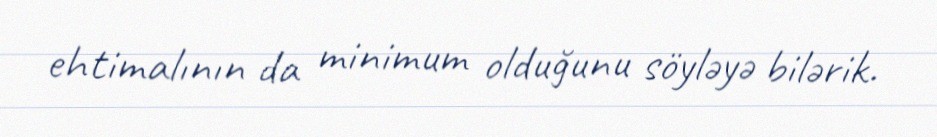
ehtimalının da minimum olduğunu söyləyə bilərik.